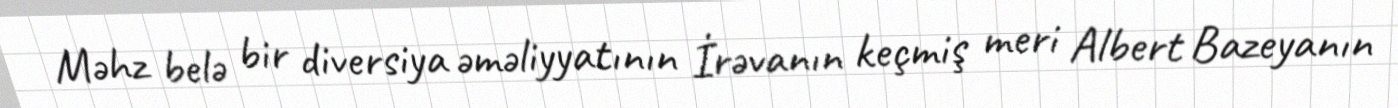
Məhz belə bir diversiya əməliyyatının İrəvanın keçmiş meri Albert Bazeyanın